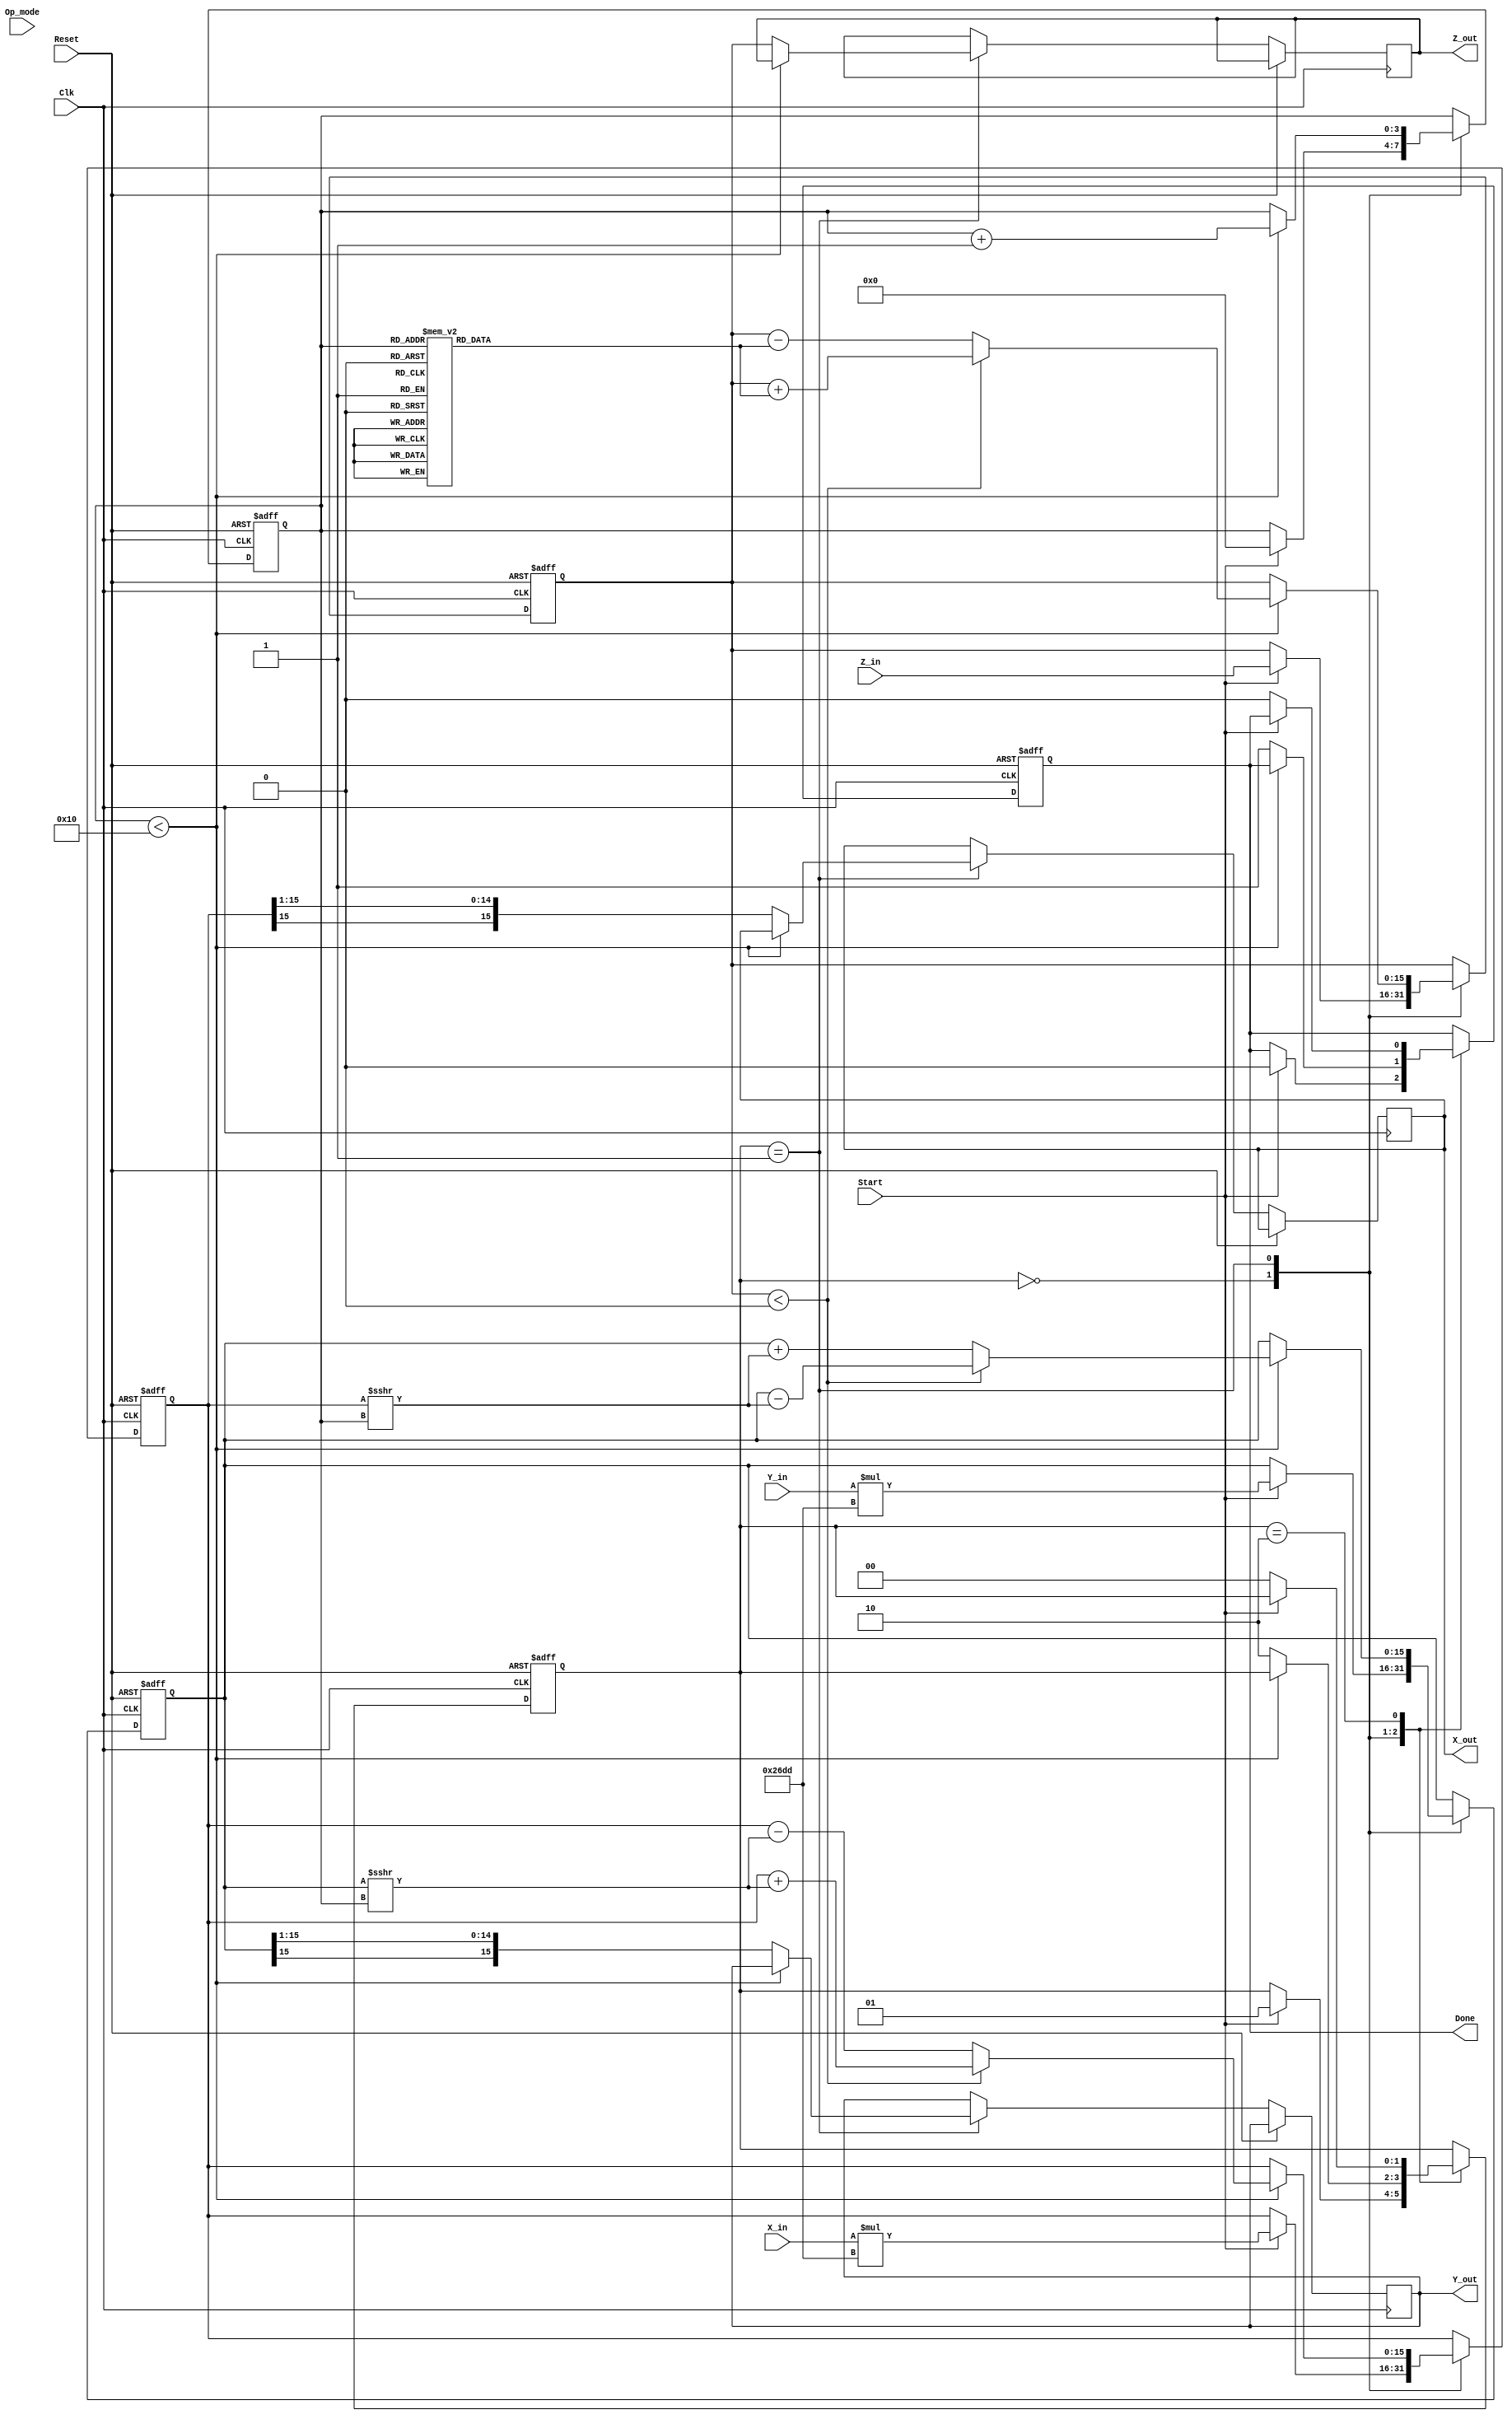
module Unified_CORDIC (
    input wire signed [15:0] X_in,      // Input vector X
    input wire signed [15:0] Y_in,      // Input vector Y
    input wire signed [15:0] Z_in,      // Input angle or phase
    input wire [1:0] Op_mode,           // Operation mode selector
    input wire Start,                    // Start signal
    input wire Clk,                      // Clock signal
    input wire Reset,                    // Asynchronous reset
    output reg signed [15:0] X_out,     // Output vector X
    output reg signed [15:0] Y_out,     // Output vector Y
    output reg signed [15:0] Z_out,     // Output angle or phase
    output reg Done                      // Completion signal
);

    // Parameters
    parameter NUM_ITERATIONS = 16;
    parameter [15:0] K = 16'h26DD; // Scaling factor (approximation of 0.607)

    // Internal registers
    reg signed [15:0] x_reg, y_reg, z_reg;
    reg [3:0] iteration_count;
    reg [1:0] state;
    
    // Angle table for CORDIC (in radians)
    reg signed [15:0] angle_table [0:NUM_ITERATIONS-1];

    initial begin
        // Initialize angle table (in fixed-point representation)
        angle_table[0] = 16'h2000; // atan(2^-0)
        angle_table[1] = 16'h1666; // atan(2^-1)
        angle_table[2] = 16'h0D89; // atan(2^-2)
        angle_table[3] = 16'h0A3D; // atan(2^-3)
        angle_table[4] = 16'h0524; // atan(2^-4)
        angle_table[5] = 16'h028F; // atan(2^-5)
        angle_table[6] = 16'h0145; // atan(2^-6)
        angle_table[7] = 16'h00A2; // atan(2^-7)
        angle_table[8] = 16'h0051; // atan(2^-8)
        angle_table[9] = 16'h0028; // atan(2^-9)
        angle_table[10] = 16'h0014; // atan(2^-10)
        angle_table[11] = 16'h000A; // atan(2^-11)
        angle_table[12] = 16'h0005; // atan(2^-12)
        angle_table[13] = 16'h0002; // atan(2^-13)
        angle_table[14] = 16'h0001; // atan(2^-14)
        angle_table[15] = 16'h0000; // atan(2^-15)
    end

    // State machine
    localparam IDLE = 2'b00, COMPUTE = 2'b01, DONE = 2'b10;

    always @(posedge Clk or posedge Reset) begin
        if (Reset) begin
            // Reset all registers
            x_reg <= 0;
            y_reg <= 0;
            z_reg <= 0;
            iteration_count <= 0;
            state <= IDLE;
            Done <= 0;
        end else begin
            case (state)
                IDLE: begin
                    if (Start) begin
                        // Initialize registers
                        x_reg <= X_in * K; // Scale input X
                        y_reg <= Y_in * K; // Scale input Y
                        z_reg <= Z_in;
                        iteration_count <= 0;
                        state <= COMPUTE;
                        Done <= 0;
                    end
                end
                
                COMPUTE: begin
                    if (iteration_count < NUM_ITERATIONS) begin
                        if (z_reg < 0) begin
                            // Rotate clockwise
                            x_reg <= x_reg + (y_reg >>> iteration_count);
                            y_reg <= y_reg - (x_reg >>> iteration_count);
                            z_reg <= z_reg + angle_table[iteration_count];
                        end else begin
                            // Rotate counter-clockwise
                            x_reg <= x_reg - (y_reg >>> iteration_count);
                            y_reg <= y_reg + (x_reg >>> iteration_count);
                            z_reg <= z_reg - angle_table[iteration_count];
                        end
                        iteration_count <= iteration_count + 1;
                    end else begin
                        // Finished computation
                        X_out <= x_reg >>> 1; // Scale down output X
                        Y_out <= y_reg >>> 1; // Scale down output Y
                        Z_out <= z_reg;
                        Done <= 1;
                        state <= DONE;
                    end
                end
                
                DONE: begin
                    if (!Start) begin
                        state <= IDLE; // Go back to IDLE state
                        Done <= 0;
                    end
                end
            endcase
        end
    end
endmodule